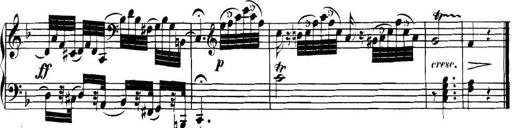
Title: Collected Piano Sonatas
Composer: Muzio Clementi